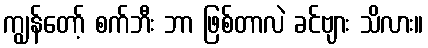
ကျွန်တော့် စက်ဘီး ဘာ ဖြစ်တာလဲ ခင်ဗျား သိလား။